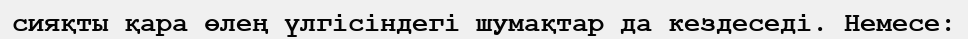
сияқты қара өлең үлгiсiндегi шумақтар да кездеседi. Немесе: